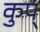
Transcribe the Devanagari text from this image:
कुप्